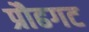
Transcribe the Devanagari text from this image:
प्रौढगट